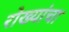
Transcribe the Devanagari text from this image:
रोख्यांचा